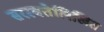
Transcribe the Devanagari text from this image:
सरस्वतेलिखित